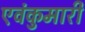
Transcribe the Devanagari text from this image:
एवंकुमारी